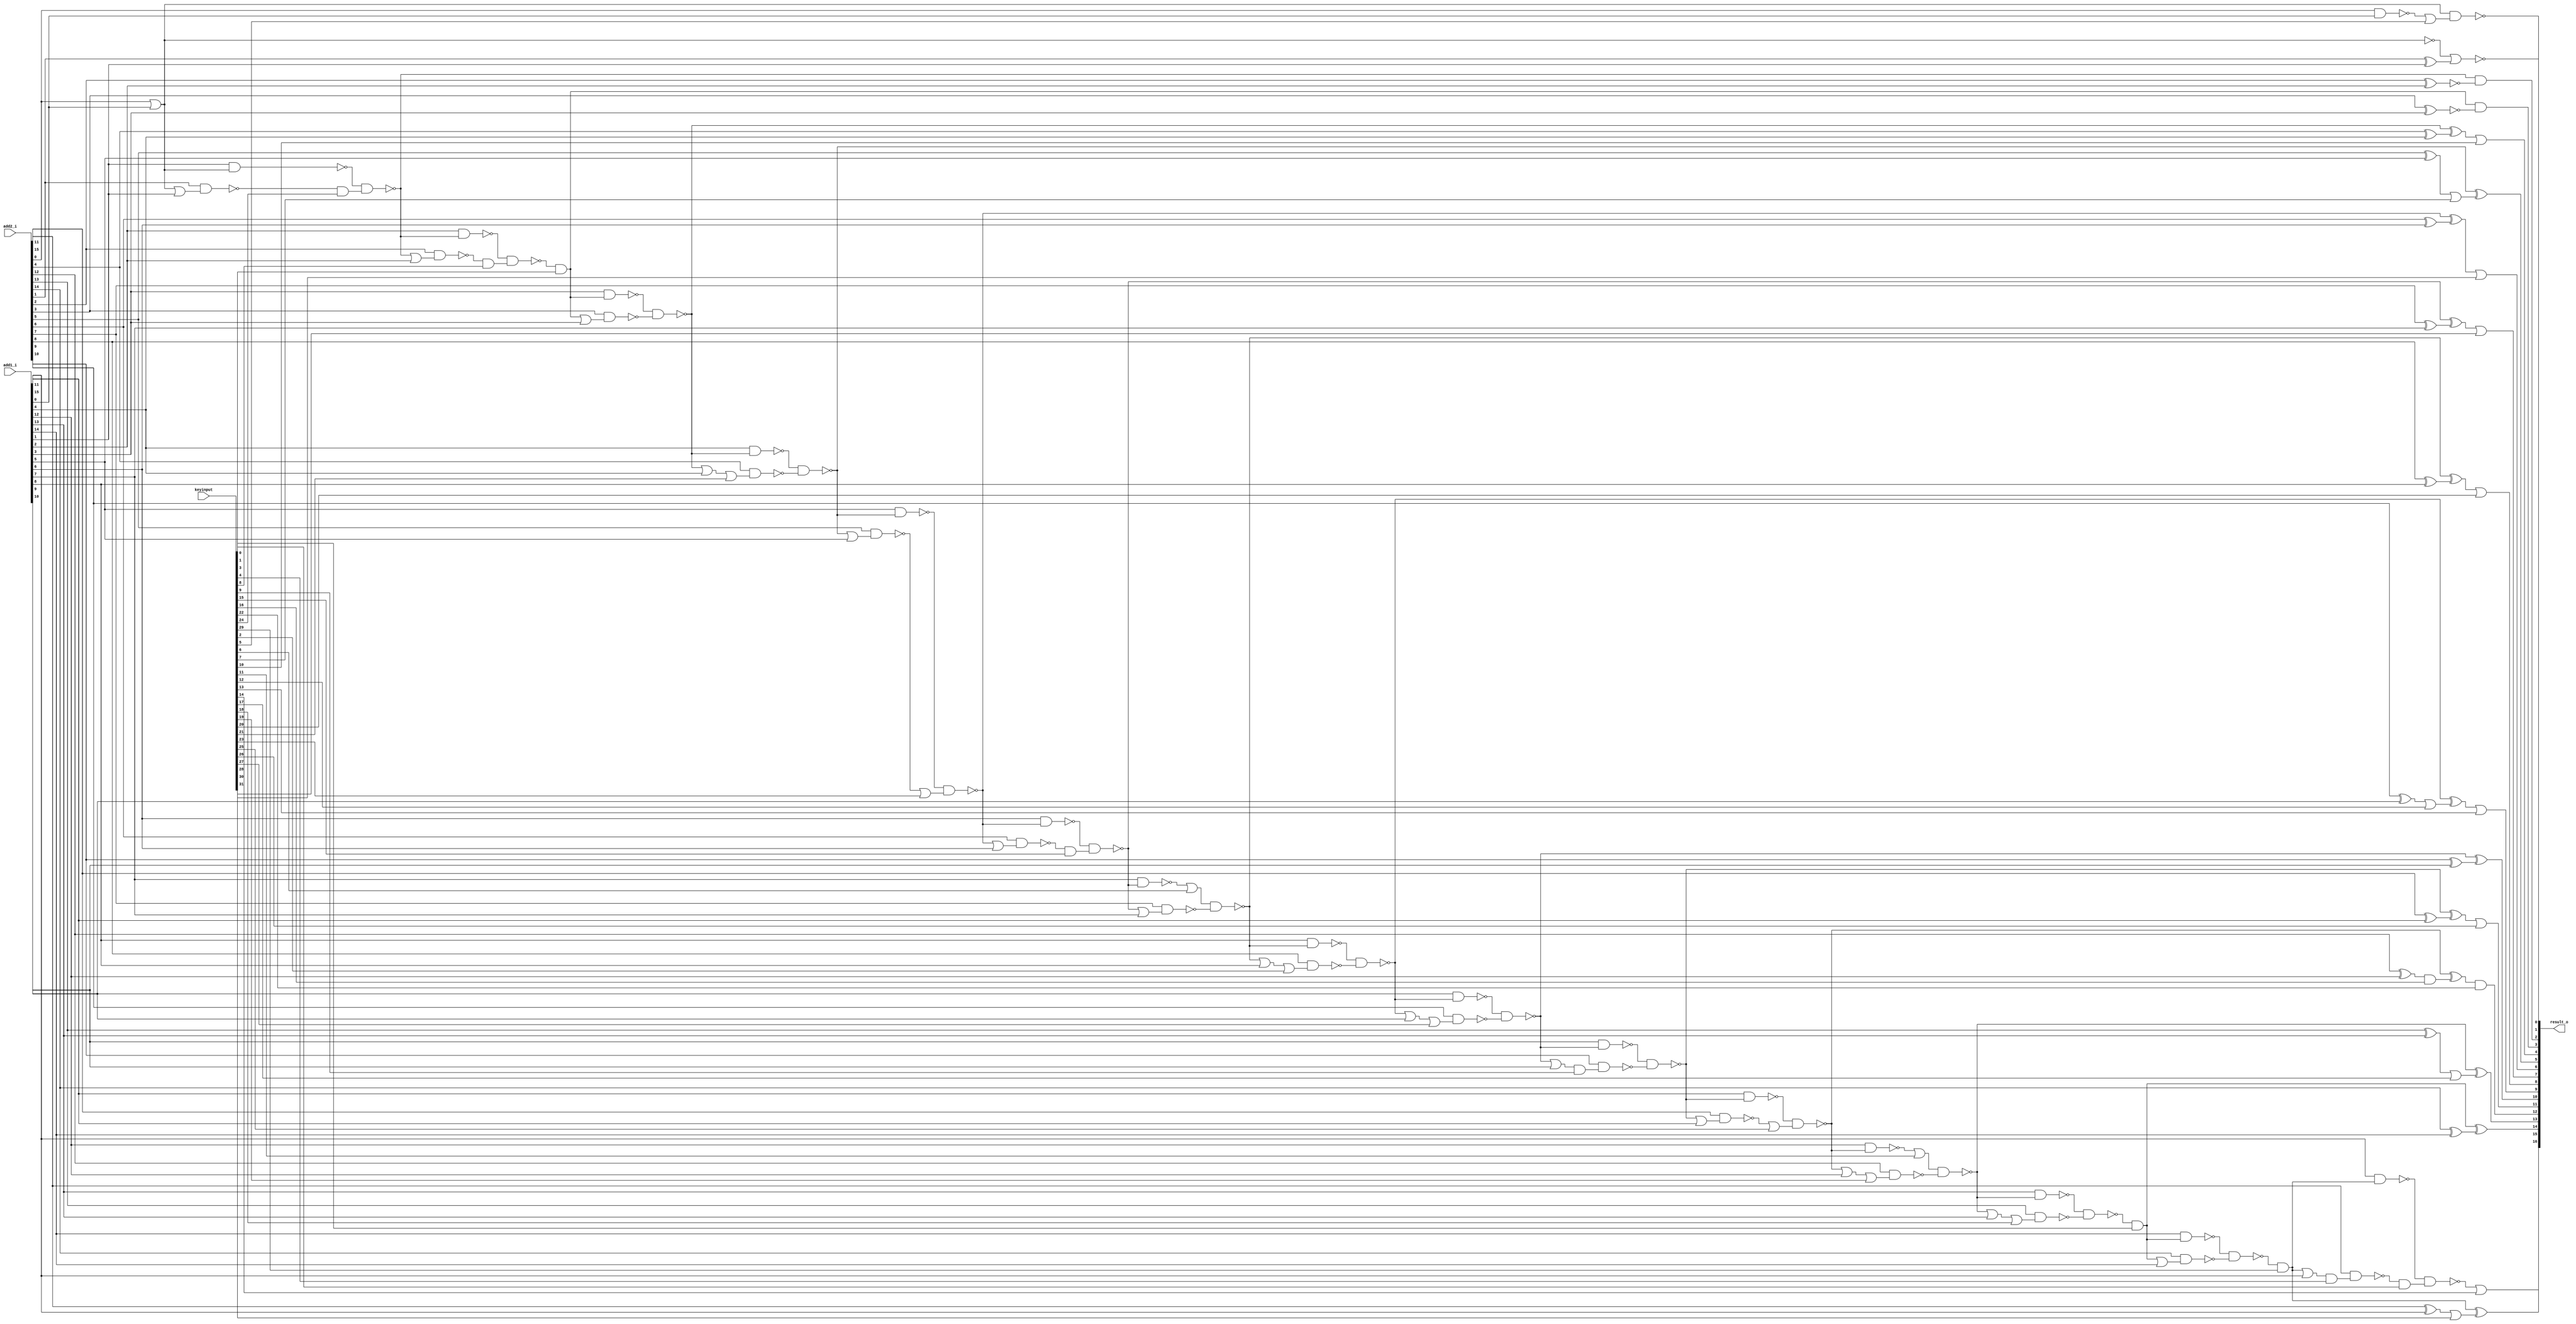
// Verilog File 
module xnor_based_carry_lookahead_adder16_aor_enc32(add1_i,add2_i,keyinput,result_o);

input [15:0] add1_i, add2_i;
input [31:0] keyinput;


output [16:0] result_o;

wire n64, xenc12, xenc13, n65, n66, n67, xenc20, n68, n69, 
xenc30, n70, n71, xenc28, n72, xenc7, n73, n74, n75, xenc10, 
n81, xenc29, xenc31, n86, xenc3, n91, n95, xenc17, n96, n100, 
xenc16, xenc22, n101, n105, n106, xenc26, n110, n111, n80, n63, 
n127, n128, xenc21, n129, xenc11, n98, n97, xenc19, n99, n92, 
n93, n90, xenc18, n94, n87, n88, n85, n89, n136, xenc24, 
n79, n138, n137, n133, xenc8, n77, n135, n134, n130, n131, 
xenc1, n132, n124, xenc23, n126, n125, n121, xenc15, n123, n122, 
xenc6, n119, n118, n120, n115, n116, xenc2, n117, n112, n113, 
xenc27, n114, n107, n108, xenc9, n109, n102, xenc25, n104, n103, 
n82, xenc0, xenc14, xenc4, n83, n84, n140, n141, xenc5, n139;

xor g0(xenc13, n64, xenc12);
xor g1(n65, add2_i[9], add1_i[9]);
xor g2(xenc20, n66, n67);
xor g3(n67, add2_i[8], add1_i[8]);
xor g4(xenc30, n68, n69);
xor g5(n69, add2_i[7], add1_i[7]);
xor g6(xenc28, n70, n71);
xor g7(n71, add2_i[6], add1_i[6]);
xor g8(result_o[5], n72, xenc7);
xor g9(n73, add2_i[5], add1_i[5]);
xor g10(xenc10, n74, n75);
xor g11(n75, add2_i[4], add1_i[4]);
xor g12(n81, add2_i[1], add1_i[1]);
xor g13(result_o[15], xenc29, xenc31);
xor g14(n86, add2_i[15], add1_i[15]);
xor g15(result_o[14], xenc3, n91);
xor g16(n91, add2_i[14], add1_i[14]);
xor g17(result_o[13], n95, xenc17);
xor g18(n96, add2_i[13], add1_i[13]);
xor g19(xenc22, n100, xenc16);
xor g20(n101, add2_i[12], add1_i[12]);
xor g21(xenc26, n105, n106);
xor g22(n106, add2_i[11], add1_i[11]);
xor g23(result_o[10], n110, n111);
xor g24(n111, add2_i[10], add1_i[10]);
not g25(n63, n80);
nor g26(n80, add2_i[0], add1_i[0]);
nand g27(n72, n127, n128);
nand g28(n127, add1_i[4], n74);
nand g29(n128, add2_i[4], xenc21);
or g30(n129, n74, add1_i[4]);
nand g31(n95, xenc11, n98);
nand g32(n97, add1_i[12], n100);
nand g33(n98, add2_i[12], xenc19);
or g34(n99, n100, add1_i[12]);
nand g35(n90, n92, n93);
nand g36(n92, add1_i[13], n95);
nand g37(n93, add2_i[13], xenc18);
or g38(n94, n95, add1_i[13]);
nand g39(n85, n87, n88);
nand g40(n87, add1_i[14], xenc3);
nand g41(n88, add2_i[14], n89);
or g42(n89, xenc3, add1_i[14]);
nand g43(n79, n136, xenc24);
nand g44(n136, add1_i[1], n63);
nand g45(n137, add2_i[1], n138);
or g46(n138, n63, add1_i[1]);
nand g47(n77, n133, xenc8);
nand g48(n133, add1_i[2], n79);
nand g49(n134, add2_i[2], n135);
or g50(n135, n79, add1_i[2]);
nand g51(n74, n130, n131);
nand g52(n130, add1_i[3], xenc1);
nand g53(n131, add2_i[3], n132);
or g54(n132, xenc1, add1_i[3]);
nand g55(n70, n124, xenc23);
nand g56(n124, add1_i[5], n72);
nand g57(n125, add2_i[5], n126);
or g58(n126, n72, add1_i[5]);
nand g59(n68, n121, xenc15);
nand g60(n121, add1_i[6], n70);
nand g61(n122, add2_i[6], n123);
or g62(n123, n70, add1_i[6]);
nand g63(n66, xenc6, n119);
nand g64(n118, add1_i[7], n68);
nand g65(n119, add2_i[7], n120);
or g66(n120, n68, add1_i[7]);
nand g67(n64, n115, n116);
nand g68(n115, add1_i[8], n66);
nand g69(n116, add2_i[8], xenc2);
or g70(n117, n66, add1_i[8]);
nand g71(n110, n112, n113);
nand g72(n112, add1_i[9], n64);
nand g73(n113, add2_i[9], xenc27);
or g74(n114, n64, add1_i[9]);
nand g75(n105, n107, n108);
nand g76(n107, add1_i[10], n110);
nand g77(n108, add2_i[10], xenc9);
or g78(n109, n110, add1_i[10]);
nand g79(n100, n102, xenc25);
nand g80(n102, add1_i[11], n105);
nand g81(n103, add2_i[11], n104);
or g82(n104, n105, add1_i[11]);
nand g83(xenc14, n82, xenc0);
nand g84(n82, add1_i[15], xenc29);
nand g85(n83, add2_i[15], xenc4);
or g86(n84, xenc29, add1_i[15]);
nor g87(result_o[1], n80, n81);
and g88(result_o[2], n79, n140);
xnor g89(n140, add2_i[2], add1_i[2]);
and g90(result_o[3], xenc1, n141);
xnor g91(n141, add2_i[3], add1_i[3]);
nand g92(result_o[0], n63, xenc5);
nand g93(n139, add2_i[0], add1_i[0]);
and g94(xenc0, n83, keyinput[0]);
and g95(xenc1, n77, keyinput[1]);
or g96(xenc2, n117, keyinput[2]);
and g97(xenc3, n90, keyinput[3]);
and g98(xenc4, n84, keyinput[4]);
or g99(xenc5, n139, keyinput[5]);
or g100(xenc6, n118, keyinput[6]);
or g101(xenc7, n73, keyinput[7]);
and g102(xenc8, n134, keyinput[8]);
and g103(xenc9, n109, keyinput[9]);
or g104(result_o[4], xenc10, keyinput[10]);
or g105(xenc11, n97, keyinput[11]);
or g106(xenc12, n65, keyinput[12]);
or g107(result_o[9], xenc13, keyinput[13]);
or g108(result_o[16], xenc14, keyinput[14]);
and g109(xenc15, n122, keyinput[15]);
and g110(xenc16, n101, keyinput[16]);
or g111(xenc17, n96, keyinput[17]);
or g112(xenc18, n94, keyinput[18]);
or g113(xenc19, n99, keyinput[19]);
or g114(result_o[8], xenc20, keyinput[20]);
or g115(xenc21, n129, keyinput[21]);
and g116(result_o[12], xenc22, keyinput[22]);
or g117(xenc23, n125, keyinput[23]);
and g118(xenc24, n137, keyinput[24]);
or g119(xenc25, n103, keyinput[25]);
or g120(result_o[11], xenc26, keyinput[26]);
or g121(xenc27, n114, keyinput[27]);
or g122(result_o[6], xenc28, keyinput[28]);
and g123(xenc29, n85, keyinput[29]);
or g124(result_o[7], xenc30, keyinput[30]);
or g125(xenc31, n86, keyinput[31]);
endmodule